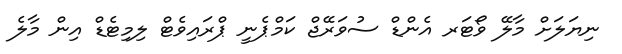
ނިޔަލަށް މާލޭ ވޯޓަރ އެންޑް ސުވަރޭޖް ކަމްޕެނީ ޕްރައިވެޓް ލިމިޓެޑް އިން މާލެ